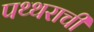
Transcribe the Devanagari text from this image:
पथ्थराची